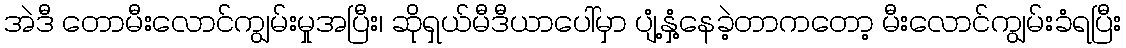
အဲဒီ တောမီးလောင်ကျွမ်းမှုအပြီး၊ ဆိုရှယ်မီဒီယာပေါ်မှာ ပျံ့နှံ့နေခဲ့တာကတော့ မီးလောင်ကျွမ်းခံရပြီး